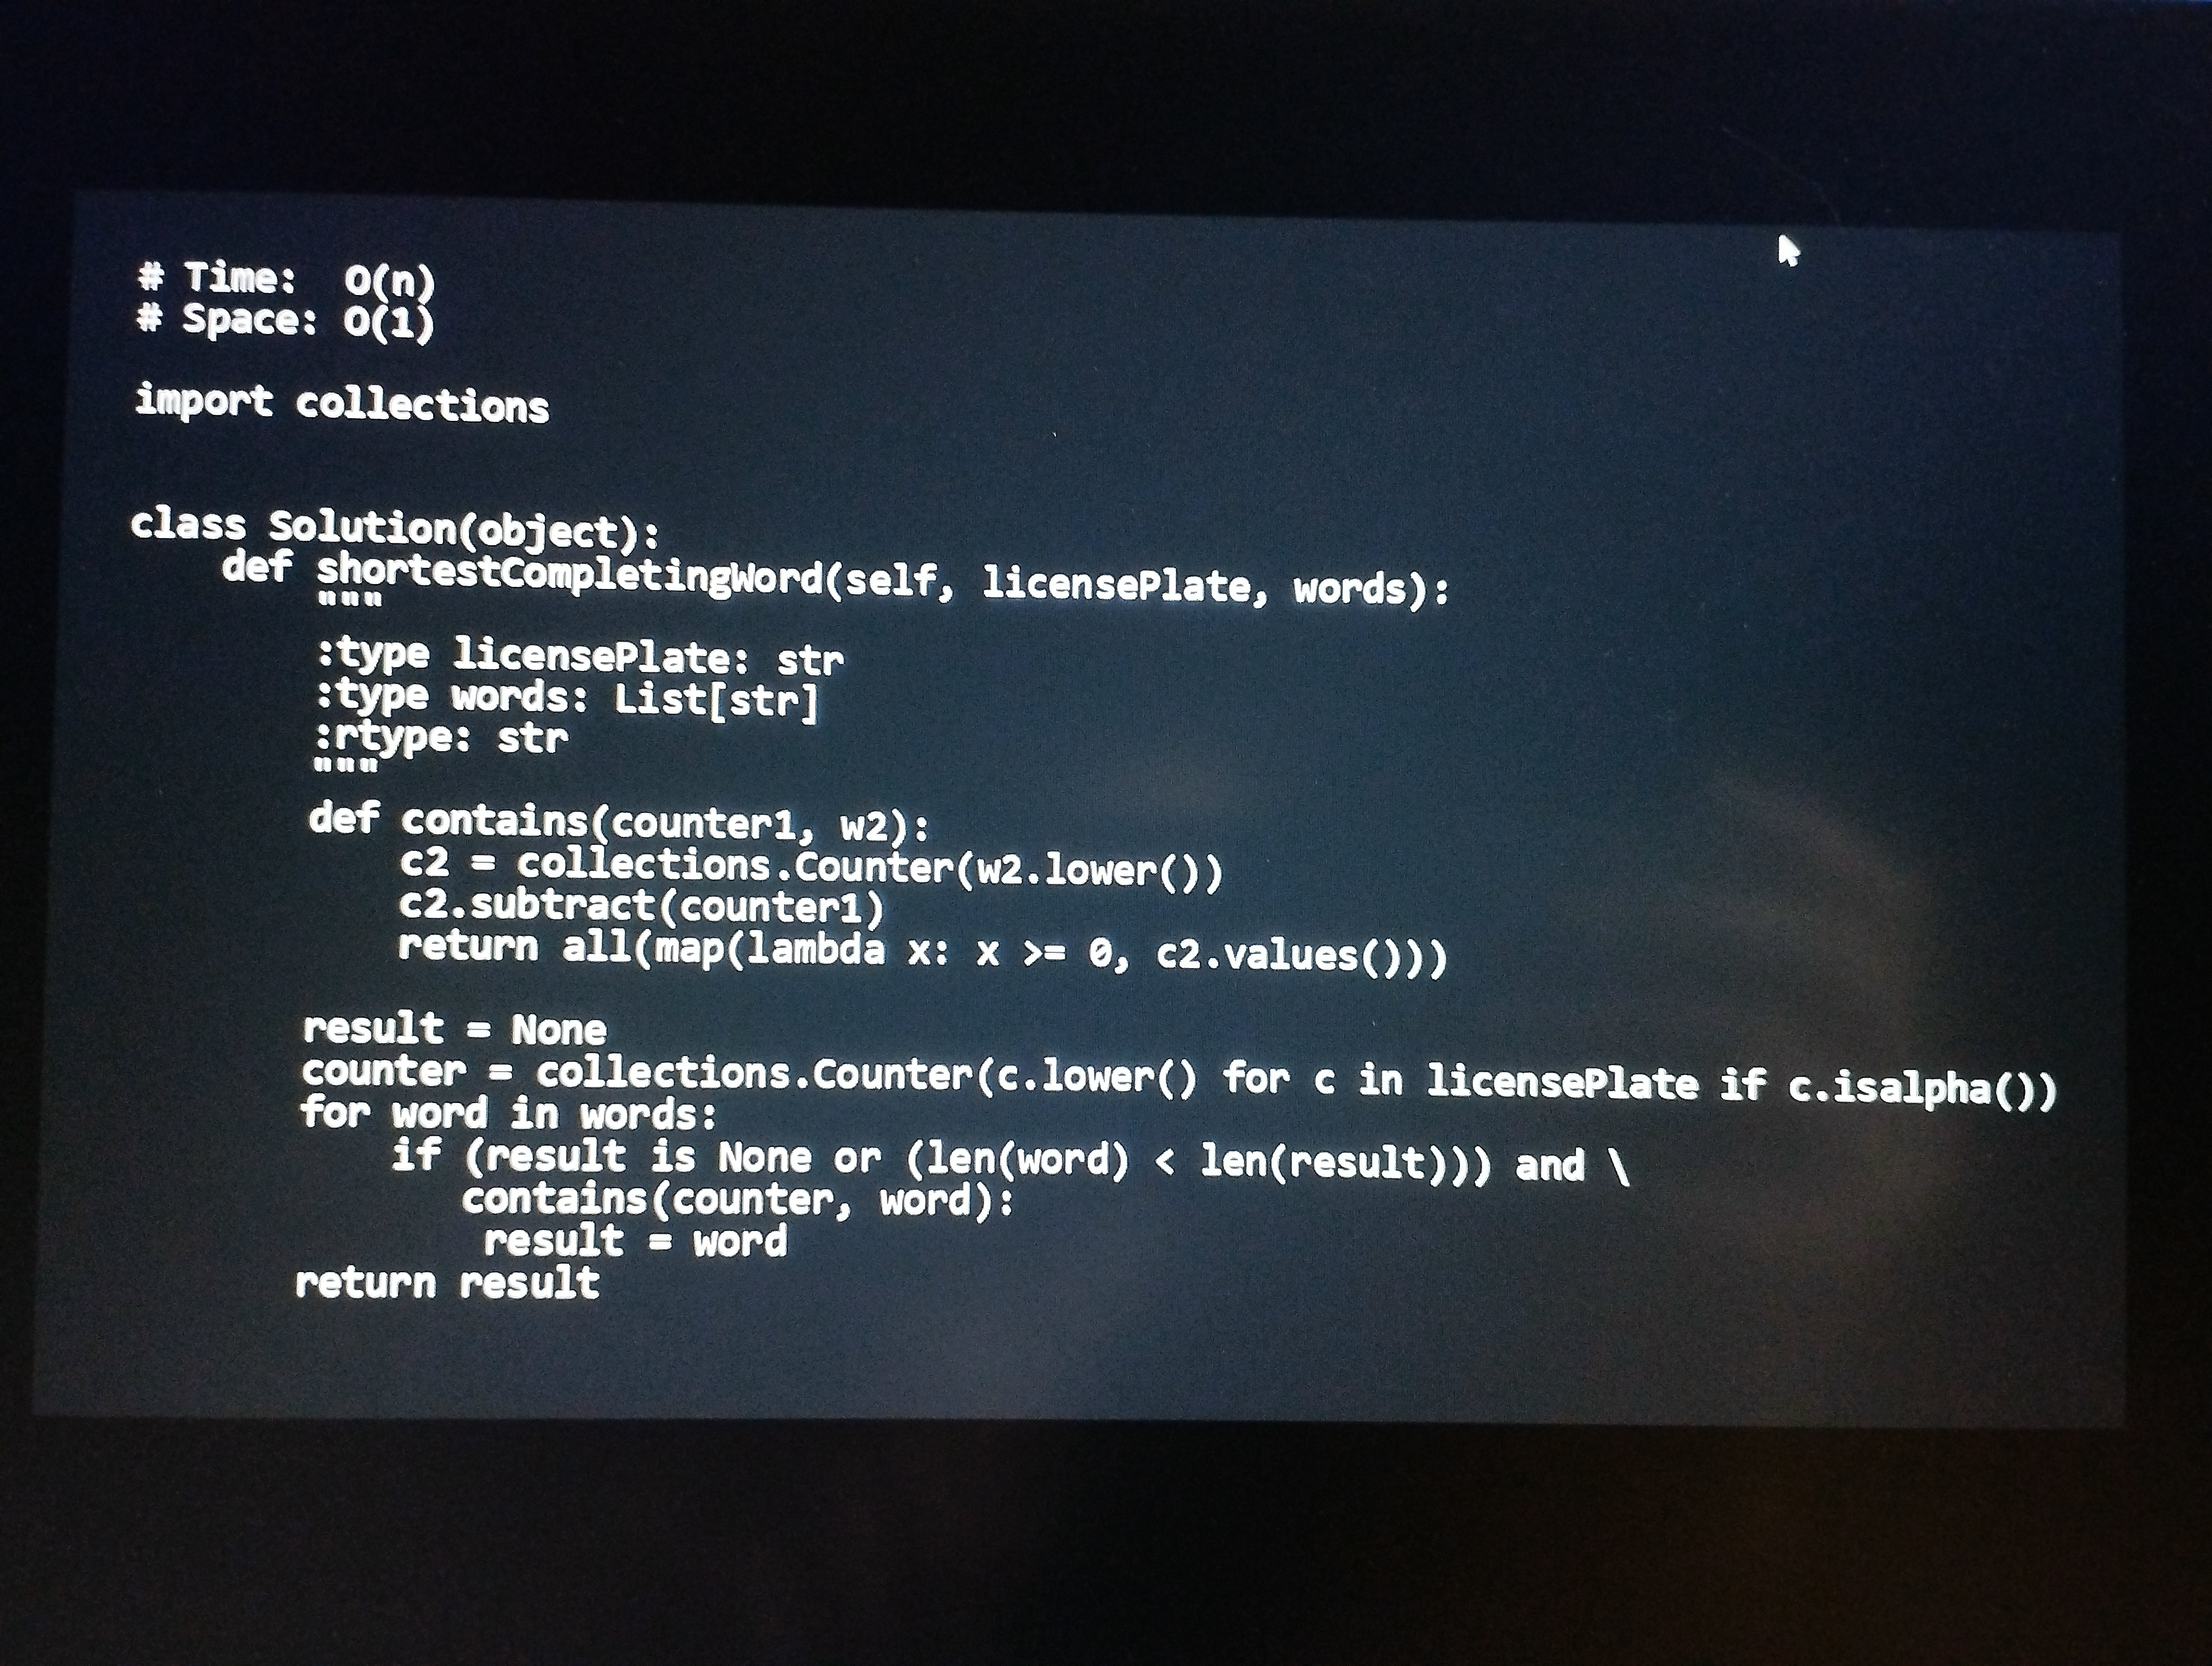
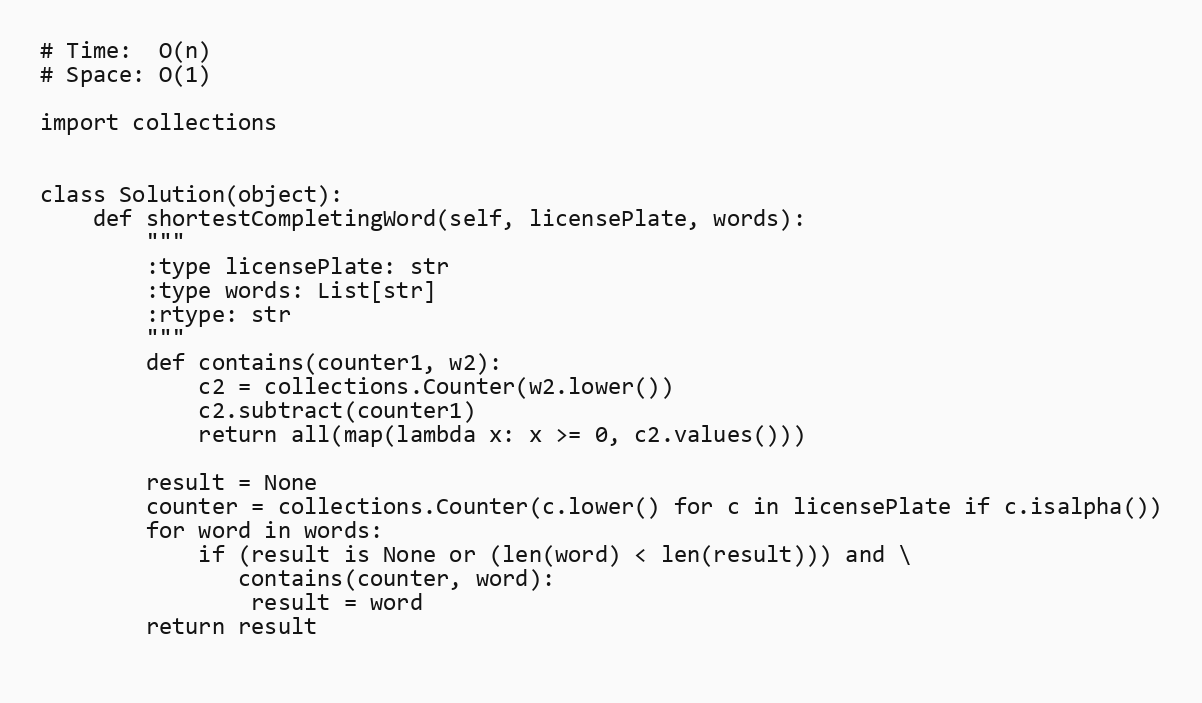
# Time:  O(n)
# Space: O(1)

import collections

class Solution(object):
    def shortestCompletingWord(self, licensePlate, words):
        """
        :type licensePlate: str
        :type words: List[str]
        :rtype: str
        """
        def contains(counter1, w2):
            c2 = collections.Counter(w2.lower())
            c2.subtract(counter1)
            return all(map(lambda x: x >= 0, c2.values()))

        result = None
        counter = collections.Counter(c.lower() for c in licensePlate if c.isalpha())
        for word in words:
            if (result is None or (len(word) < len(result))) and \
               contains(counter, word):
                result = word
        return result